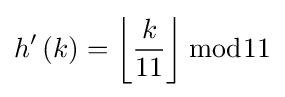
h'\left(k\right)=\left\lfloor {\frac {k}{11}}\right\rfloor {\bmod {1}}1